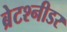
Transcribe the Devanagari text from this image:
ब्रेटश्नीडर